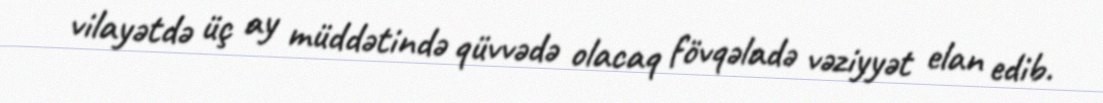
vilayətdə üç ay müddətində qüvvədə olacaq fövqəladə vəziyyət elan edib.